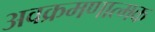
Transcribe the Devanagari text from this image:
अवक्रमणात्मक